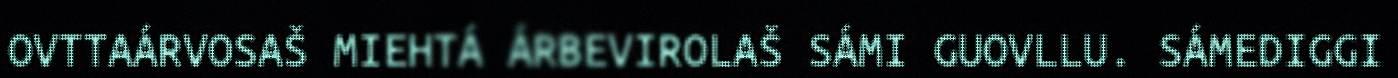
OVTTAÁRVOSAŠ MIEHTÁ ÁRBEVIROLAŠ SÁMI GUOVLLU. SÁMEDIGGI